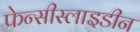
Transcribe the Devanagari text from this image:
फेन्सीस्लाइडीन